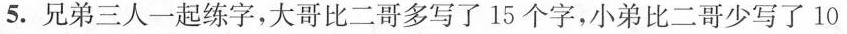
5.兄弟三人一起练字，大哥比二哥多写了15个字，小弟比二哥少写了10